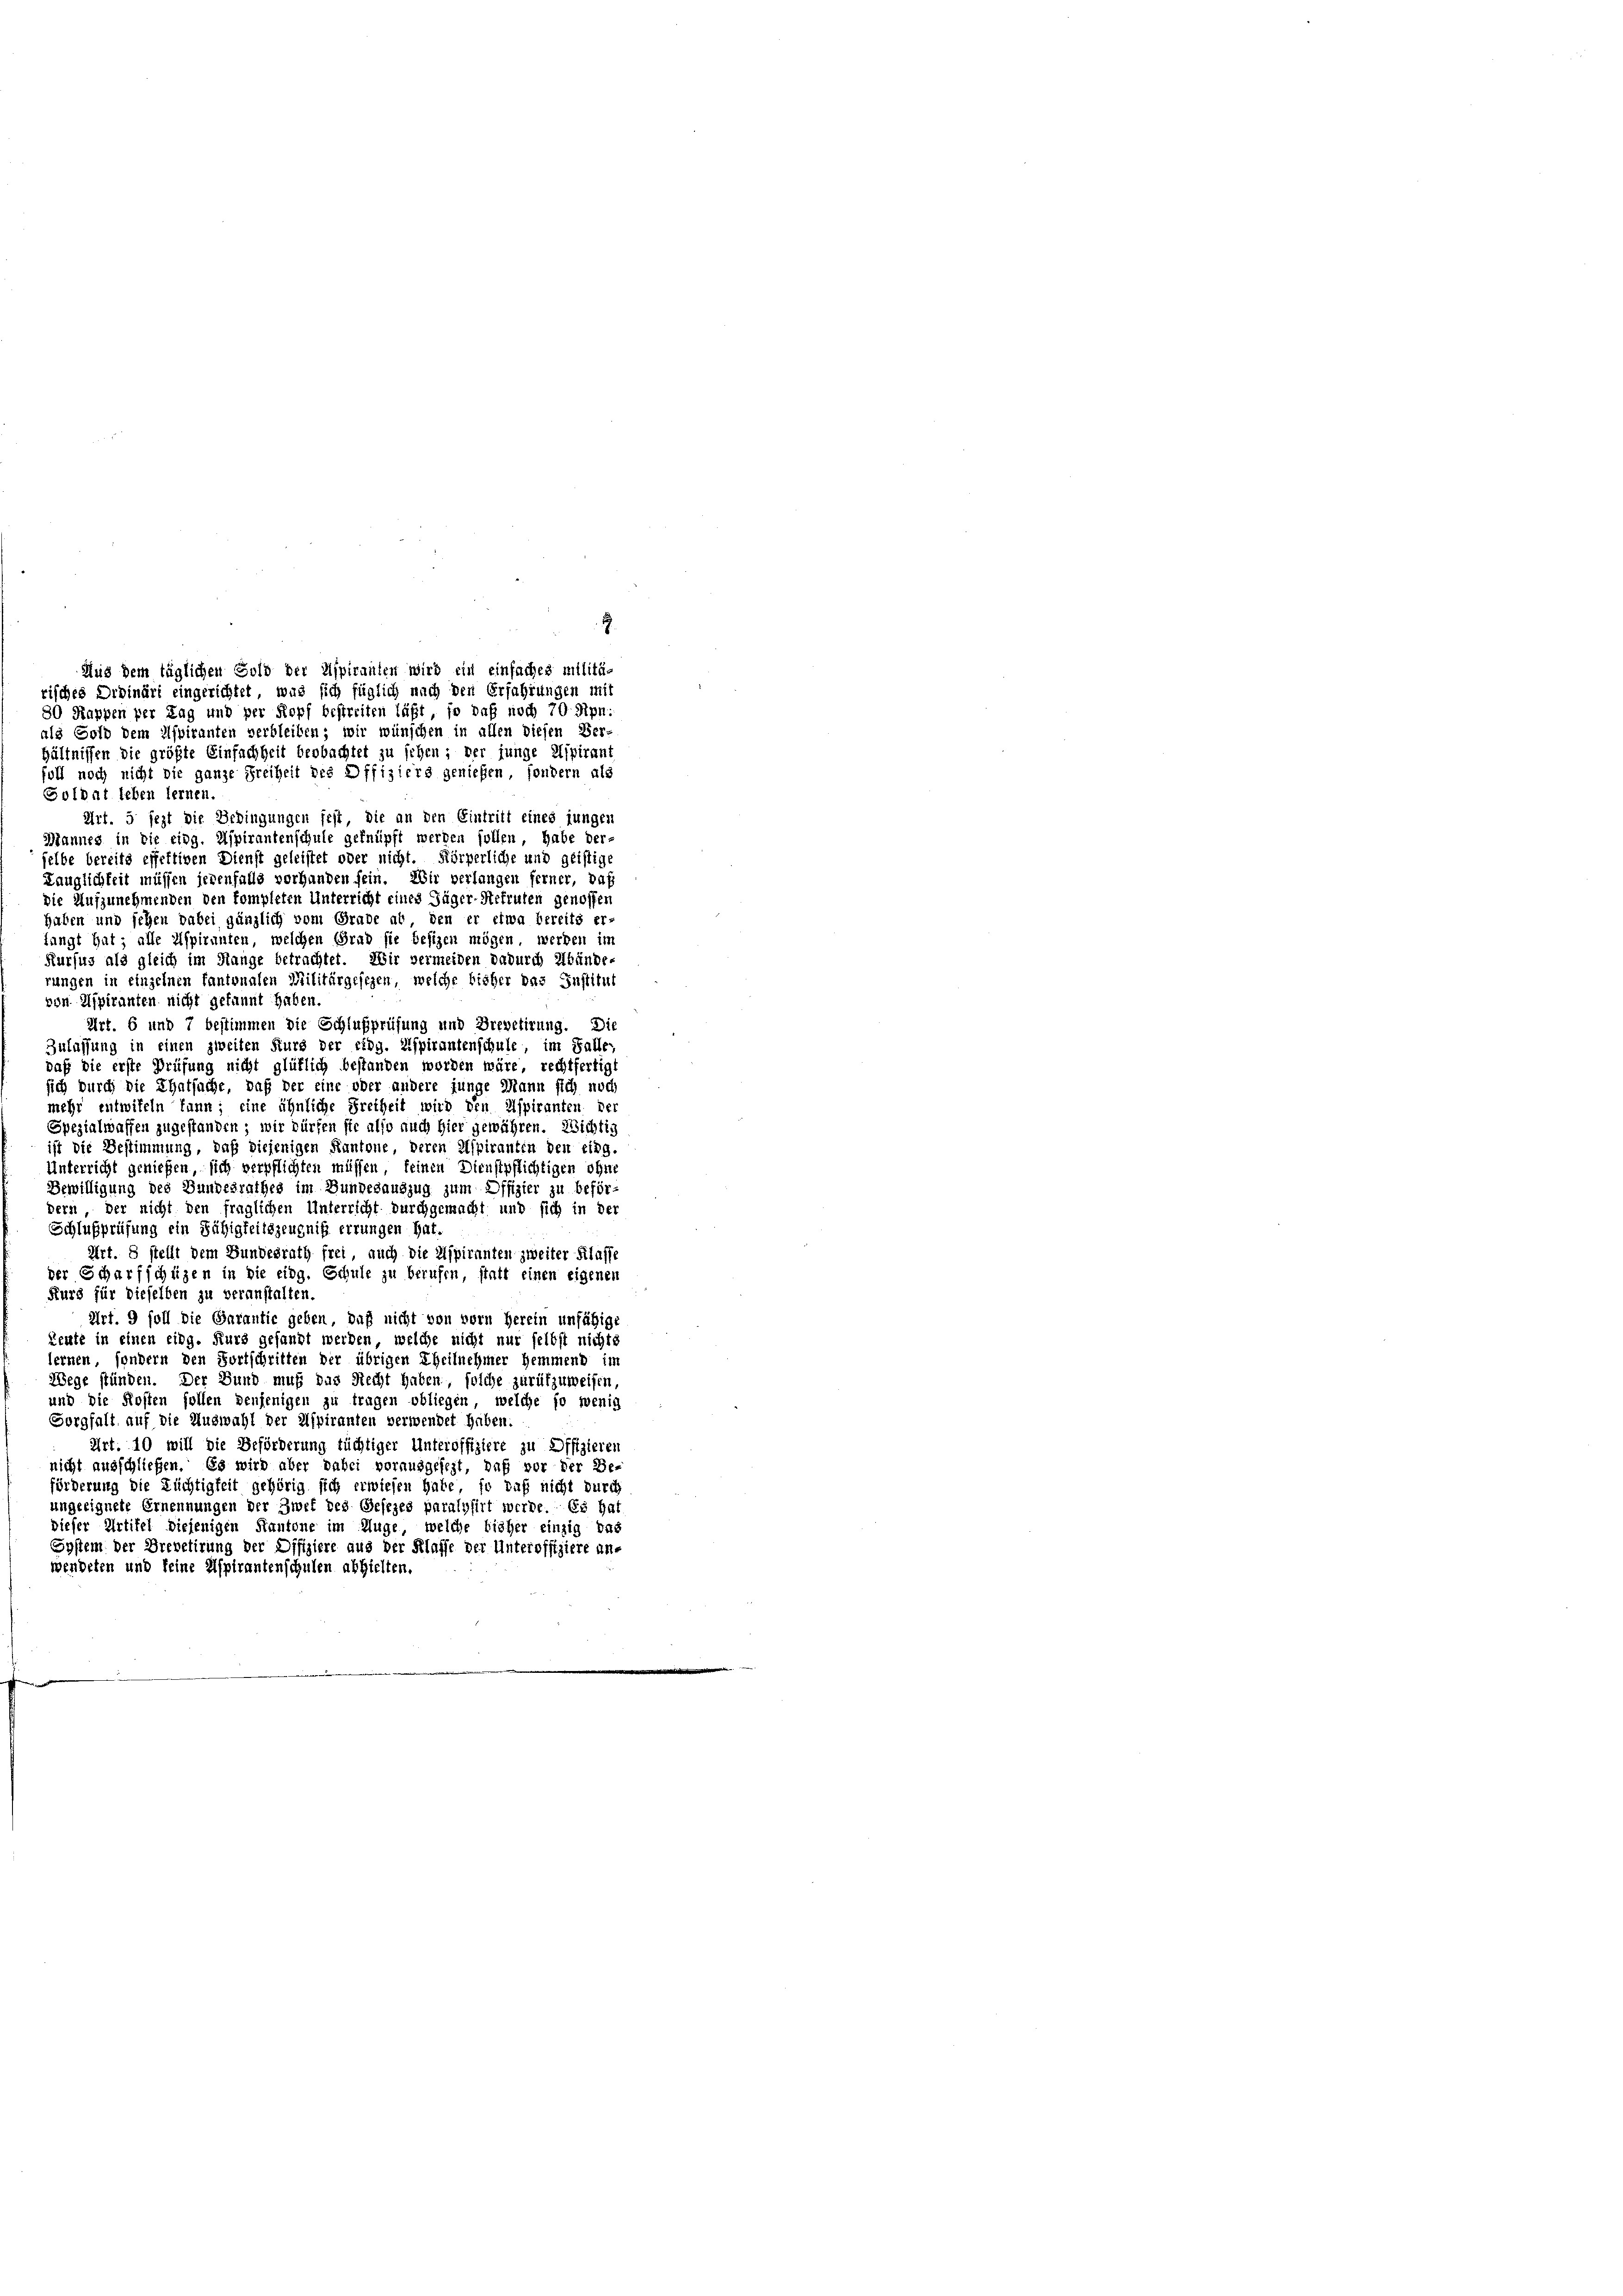
als Sold dem Aspiranten verbleiben; wir wünschen in allen diesen Ver-
hältnissen die größte Einfachheit beobachtet zu sehen; der junge Aspirant
foll noch nicht die ganze Freiheit des Offiziers genießen, sondern als
Soldat leben fernen.
Art. 5 jezt die Bedingungen fest, die an den Eintritt eines jungen
Mannes in die eidg. Aspirantenschule geknüpft werden sollen, habe der-
selbe bereits effettiven Dienst geleistet oder nicht. Körperliche und geistige
Lauglichkeit müssen jedenfalls vorhanden sein. Wir verlangen ferner, daß
die Aufzunehmenden den kompleten Unterricht eines Jäger-Rekruten genossen
haben und sehen dabei gänzlich vom Grade ab, den er etwa bereits er-
langt hat; alle Aspiranten, welchen Grad sie besizen mögen, werden in
Kursus als gleich im Hange betrachtet. Wir vermeiden dadurch Ubünde-
rungen in einzelnen kantonalen Militärgesezen, welche bisher das Institut
von Aspiranten nicht gekannt haben
Art. 6 und 7 bestimmen die Schlußprüfung und Brevetirung. Die
Zulassung in einen zweiten Kurs der eidg. Aspirantenschule, im Falle,
daß die erste Prüfung nicht glüklich bestanden worden wäre, rechtfertigt
sich durch die Thatsache, daß der eine oder andere junge Mann sich noch
mehr entwifeln kann; eine ähnliche Freiheit wird den Aspiranten der
Spezialwaffen zugestanden; wir dürfen sie also auch hier gewähren. Wichtig
ist die Bestimmung, daß diejenigen Kantone, deren Aspiranten den Eing.
Unterricht genießen, sich verpflichten müssen, keinen Dienstpflichtigen ohne
Bewilligung des Bundesrathes im Bundesauszug zum Offizier zu beför-
ders, der nicht den fraglichen Unterricht durchgemacht und sich in der
Schlußprüfung ein Fähigkeitszeugniß errungen hat.
Art. 8 stellt dem Bundesrath frei, auch die Aspiranten zweiter Klasse
der Scharfschüzen in die eidg. Schule zu berufen, statt einen eigenen
Kurs für dieselben zu veranstalten.
Art. 9 soll die Garantie geben, daß nicht von vorn herein unfähige
Reute in einen eidg. Kurs gesandt werden, welche nicht nur selbst nichts
lernen, sondern den Fortschritten der übrigen Theilnehmer hemmend in
Wege stünden. Der Bund muß das Recht haben, solche zurükzuweisen,
und die Kosten sollen denjenigen zu tragen obliegen, welche so wenig
Sorgfalt auf die Auswahl der Aspiranten verwendet haben.
Art. 10 will die Beförderung tüchtiger Unteroffiziere zu Offizieren
nicht ausschließen. Es wird aber dabei vorausgefest, daß vor der Be-
förderung die Tüchtigkeit gehörig sich erwiesen habe, so daß nicht durch
ungeeignete Ernennungen der Zwek des Gesezes paralysirt werde. Es hat
dieser Artikel diejenigen Kantone im Auge, welche bieher einzig das
ESystem der Drevetirung der Difiziere aus der Klasse der Unteroffiziere an-
wendeten und keine Aspirantenschulen abhielten.

2
Aus dem täglichen Sold der Aspiranten wird ein einfaches militärisches Drdinärt eingerichtet, was sich füglich nach den Erfahrungen mit
80 Kappen per Tag und per Kopf bestreiten läßt, so daß noch 70 Rpn.